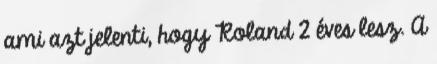
ami azt jelenti, hogy Roland 2 éves lesz. A